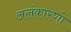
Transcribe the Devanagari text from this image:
अलंकारणों